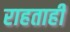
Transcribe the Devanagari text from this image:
राहताही